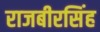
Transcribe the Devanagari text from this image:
राजबीरसिंह